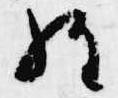
経